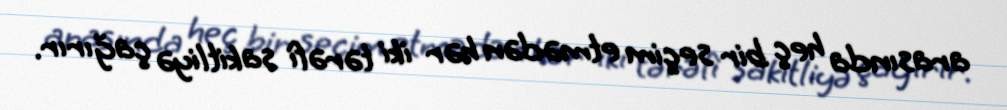
arasında heç bir seçim etmədən hər iki tərəfi sakitliyə çağırır.